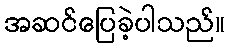
အဆင်ပြေခဲ့ပါသည်။